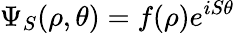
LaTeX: \Psi_{S}(\rho,\theta)=f(\rho)e^{iS\theta}